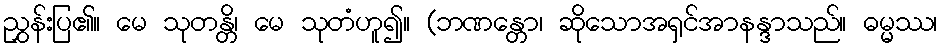
ညွှန်းပြ၏။ မေ သုတန္တိ၊ မေ သုတံဟူ၍။ (ဘဏန္တော၊ ဆိုသောအရှင်အာနန္ဒာသည်။ ဓမ္မဿ၊